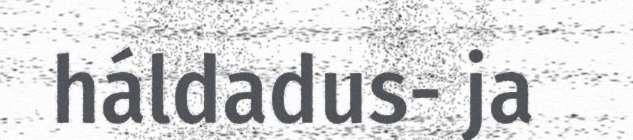
háldadus- ja